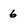
Character: 6